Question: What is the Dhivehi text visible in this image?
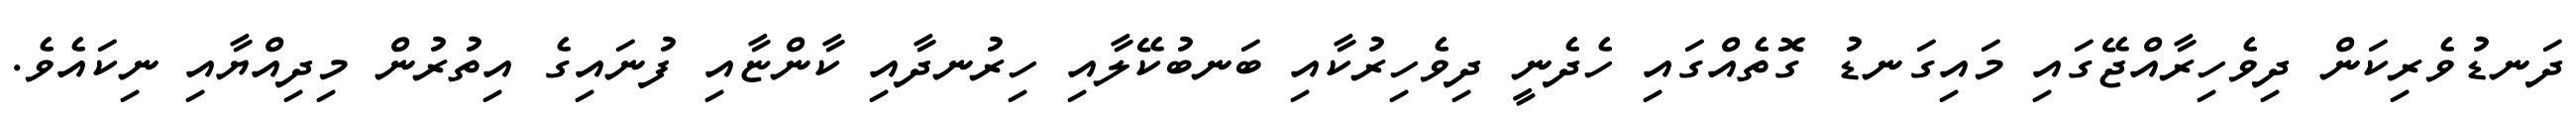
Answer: ދަނޑުވެރިކަން ދިވެހިރާއްޖޭގައި މައިގަނޑު ގޮތެއްގައި ހެދެނީ ދިވެހިރުކާއި ބަނބުކޭލާއި ހިރުނދާއި ކާންޏާއި ފުނައިގެ އިތުރުން މިދިއްޔާއި ނިކައެވެ.